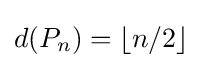
d(P_{n})=\lfloor n/2\rfloor